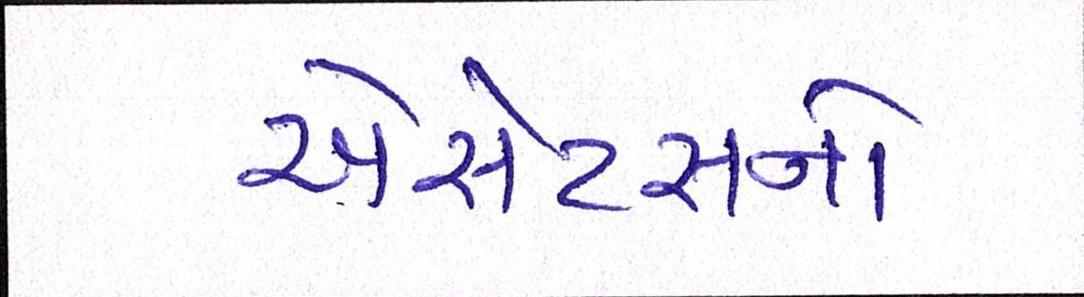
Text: એસેટસનો